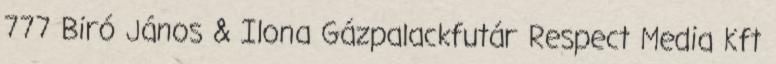
777 Biró János & Ilona Gázpalackfutár Respect Media Kft